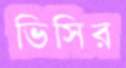
ভিসির